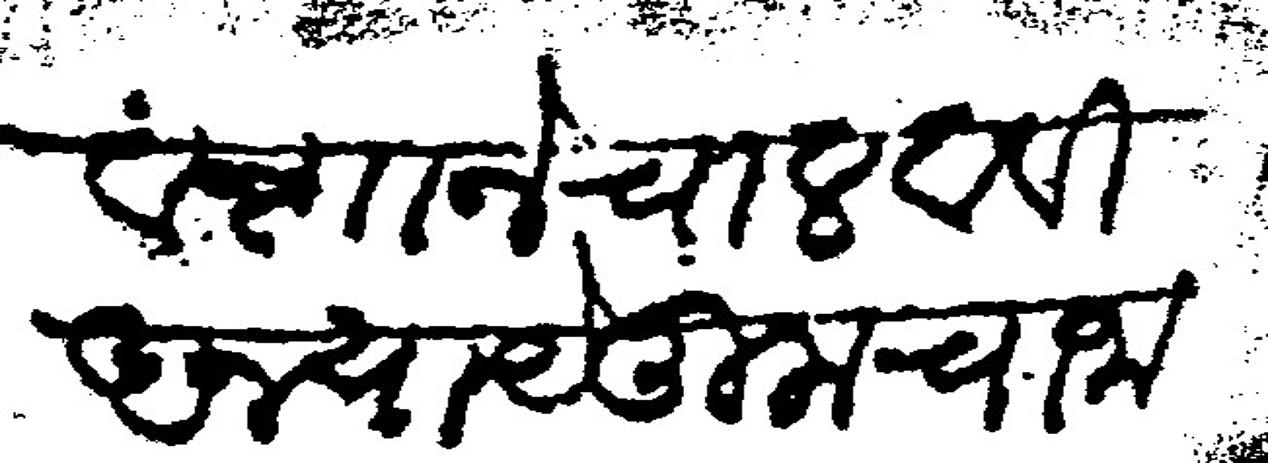
Transliteration (Devanagari): वंशाने चालवावी अन्याये तुमचा जाला